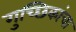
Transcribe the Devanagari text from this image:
गुच्छिकांचा